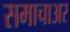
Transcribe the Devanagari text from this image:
समाचाअर